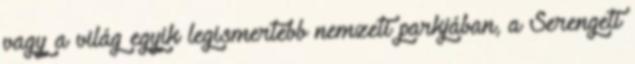
vagy a világ egyik legismertebb nemzeti parkjában, a Serengeti